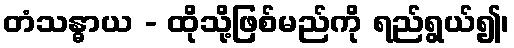
တံသန္ဓာယ - ထိုသို့ဖြစ်မည်ကို ရည်ရွယ်၍၊